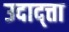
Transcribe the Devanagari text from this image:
उदाद्त्ता